Report on vaccination in Madras 1922-1929 - 1922-1929
Year: 1922
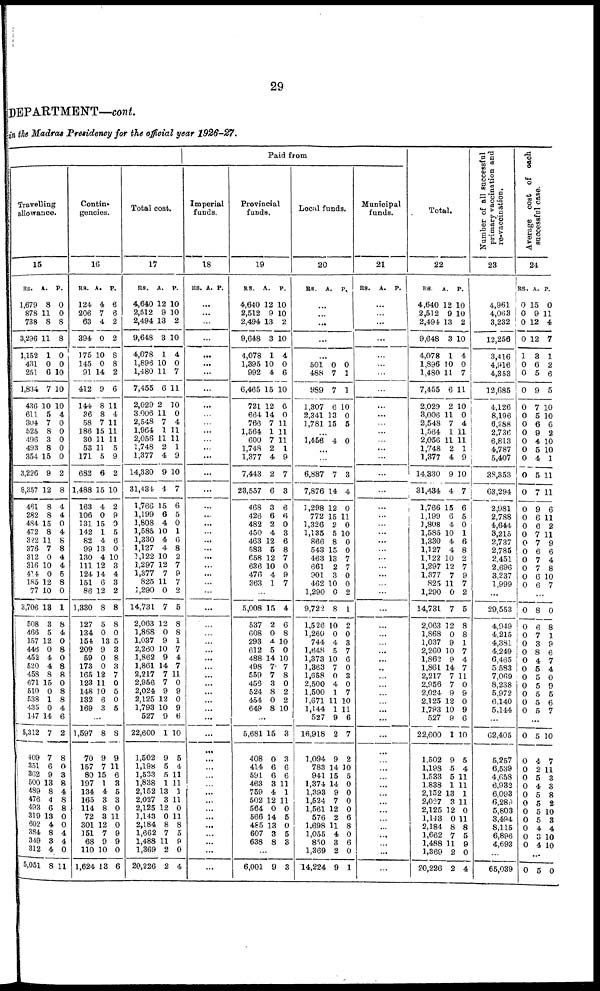
29
DEPARTMENT—cont.
in the Madras Presidency for the official year
1926-27.
Paid from
Travelling
allowance.
15
RS.
1,679
878
738
3,296
1,152
431
251
1,834
430
611
304
525
496
493
354
3,226
8,357
461
282
484
472
322
376
312
316
414
185
77
3,706
508
466
157
446
452
520
458
671
510
538
435
147
5,312
409
351
362
500
489
476
493
319
602
384
349
312
5,051
A.
8
11 8
11
1
0
6
7
10
5
7
8
3
8
15
9
12
8
8
15
8
11
7
0
10
0
12
10
13
3
5
12
0
4
4
8
15
0
1
0
14
7
7
6
9
13
8
4
6
13
4
8
3
4
8
P.
0
0
8
8
0
0
10
10
10
4
0
0
0
0
0
2
8
4
4
0
4
8
8
4
4
5
8
0
1
8
4
0
8
0
8
8
0
8
8
4
6
2
8
0
3
8
4
8
8
0
0
4
4
0
11
Contin-
gencies.
16
RS.
124
206
63
394
175
145
91
412
144
36
58
186
30
53
171
682
1,488
163
106
131
142
82
99
130
111
124
151
86
1,330
127
134
154
209
59
173
165
123
148
132
169
A.
4
7
4
0
10
0
14
9
8
8
7
15
11
11
5
6
15
4
0
15
1
4
13
4
12
14
6
12
8
5
0
13
9
0
0
12
11
10
6
3
P.
6
6
2
2
8
8
2
6
11
4
11
11
11
5
9
2
10
2
9
0
5
6
0
10
3
4
3
2
8
8
0
5
3
8
3
7
0
5
0
5
...
1,597
70
157
80
197
134
165
114
72
301
151
68
110
1,624
8
9
7
15
1
4
3
8
3
12
7
9
10
13
8
9
11
6
8
5
3
0
11
0
9
9
0
6
Total cost.
17
RS.
4,640
2,512
2,494
9,648
4,078
1,896
1,480
7,455
2,029
3,006
2,548
1,964
2,056
1,748
1,377
14,330
31,484
1,766
1,199
1,808
1,585
1,330
1,127
1,122
1,297
1,377
825
1,290
14,731
2,063
1,868
1,037
2,260
1,862
1,861
2,217
2,956
2,024
2,125
1,793
527
22,600
1,502
1,198
1,533
1,838
2,152
2,027
2,125
1,143
2,184
1,662
1,488
1,369
20,226
A.
12
9
13
3
1
10
11
6
2
11
7
1
11
2
4
9
4
15
6
4
10
4
4
10
12
7
11
0
7
12
0
9
10
9
14
7
7
9
12
10
9
1
9
5
5
1
13
3
12
0
8
7
11
2
2
P.
10
10
2
10
4
0
7
11
10
0
4
11
11
1
9
10
7
6
5
0
1
6
8
2
7
9
7
2
5
8
8
1
7
4
7
11
0
9
0
9
6
10
5
4
11
11
1
11
0
11
8
5
9
0
4
Imperial
funds.
18
RS. A. P.
...
...
...
...
...
...
...
...
...
...
... ...
...
...
...
...
...
...
...
...
...
...
...
...
...
...
...
...
...
...
...
...
...
...
...
...
...
...
...
...
...
...
...
...
...
...
...
...
...
...
...
...
...
...
...
Provincial
funds.
19
RS.
4,640
2,512
2,494
9,648
4,078
1,395
992
6,465
721
664
766
1,564
600
1,748
1,377
7,443
23,557
468
426
482
450
463
583
658
638
476
363
A.
12
9
13
3
1
10
4
15
12
14
7
1
7
2
4
2
6
3
6
2
4
12
5
12
10
4
1
P.
10
10
2
10
4
0
6
10
0
0
11
11
11
1
9
7
3
6
6
0
3
6
8
7
0
9
7
...
5,008
537
608
293
612
488
498
559
456
524
454
649
15
2
0
4
5
14
7
7
3
8
0
8
4
6
8
10
0
10
7
8
0
2
2
10
...
5,681
408
414
591
463
759
502
564
566
485
607
638
15
0
6
6
3
4
12
0
14
13
3
8
3
3
6
6
11
1
11
0
5
0
5
3
...
6,001 9 3
Local funds.
20
RS.
A. P.
...
...
...
...
...
501
488
989
1,307
2,341
1,781
0
7
7
6
13
15
0
1
1
10
0
5
...
1,456 4 0
...
...
6,887
7,876
1,298
772
1,326
1,135
866
543
463
661
901
462
1,290
9,722
1,526
1,260
744
1,648
1,373
1,363
1,658
2,500
1,500
1,671
1,144
527
16,918
1,094
783
941
1,374
1,393
1,524
1,561
576
1,698
1,055
850
1,369
14,224
7
14
12
15
2
5
8
15
13
2
3
10
0
8
10
0
4
5
10
7
0
4
1
11
1
9
2
9
14
15
14
9
7
12
2
11
4
3
2
9
3
4
0
11
0
10
0
0
7
7
0
0
2
1
2
0
3
7
6
0
3
0
7
10
11
6
7
2
10
5
0
0
0
0
6
8
0
6
0
1
Municipal
funds.
21
RS. A. P.
...
...
...
...
...
...
...
...
...
...
...
...
...
...
...
...
...
...
...
...
...
...
...
...
...
...
...
...
...
...
...
...
...
...
...
...
...
...
...
...
...
...
...
...
...
...
...
...
...
...
...
...
...
...
...
Total.
22
RS.
4,640
2,512
2,494
9,648
4,078
1,896
1,480
7,455
2,029
3,006
2,548
1,564
2,056
1,748
1,377
14,330
31,434
1,766
1,199
1,808
1,585
1,330
1,127
1,122
1,297
1,377
825
1,290
14,731
2,063
1,868
1,037
2,260
1,862
1,861
2,217
2,956
2,024
2,125
1,793
527
22,600
1,502
1,198
1,533
1,838
2,152
2,027
2,125
1,143
2,184
1,662
1,488
1,369
20,226
A.
12
9
13
3
1
10
11
6
2
11
7
1
11
2
4
9
4
15
6
4
10
4
4
10
12
7
11
0
7
12
0
9
10
9
14
7
7
9
12
10
9
1
9
5
5
1
13
3
12
0
8
7
11
2
2
P.
10
10
2
10
4
0
7
11
10
0
4
11
11
1
9
10
7
6
5
0
1
6
8
2
7
9
7
2
5
8
8
1
7
4
7
11
0
9
0
9
6
10
5
4
11
11
1
11
0
11
8
5
9
0
4
Number of all successful
primary vaccination and
re-vacccination.
23
4,961
4,063
3,232
12,256
3,416
4,916
4,353
12,685
4,126
8,196
6,288
2,736
6,813
4,787
5,407
38,353
63,294
2,981
2 788
4,644
3,215
2,737
2,785
2,451
2,696
3,237
1,999
...
29,553
4,949
4,215
4,381
4,249
6,465
5,583
7,069
8,238
5,972
6,140
5,144
...
62,405
5,257
6,539
4,658
6,932
6,093
6,289
5,803
3,494
8,115
6,896
4,693
...
65,039
Average cost of each
successful case.
24
RS.
0
0
0
0
1
0
0
0
0
0
0
0
0
0
0
0
0
0
0
0
0
0
0
0
0
0
0
A.
15
9
12
12
3
6
5
9
7
5
6
9
4
5
4
5
7
9
6
6
7
7
6
7
7
6
6
P.
0
11
4
7
1
2
6
5
10
10
6
2
10
10
1
11
11
6
11
2
11
9
6
4
8
10
7
...
0
0
0
0
0
0
0 0
0
0
0
0
8
6
7
3
8
4
5
5
5
5
5
5
0
8
1
9
6
7
4
0
9
5
6
7
...
0
0
0
0
0
0
0
0
0
0
0
0
5
4
2
5
4
5
5
5
5
4
3
4
10
7
11
3
3
8
2
10
8
4
10
10
...
0 5 0